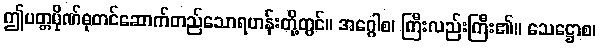
ဤပတ္တပိုဏ်ဓုတင်ဆောက်တည်သောရဟန်းတို့တွင်။ အဂ္ဂေါစ၊ ကြီးလည်းကြီး၏။ သေဋ္ဌောစ၊